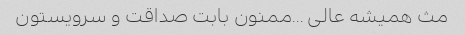
مث همیشه عالی …ممنون بابت صداقت و سرویستون